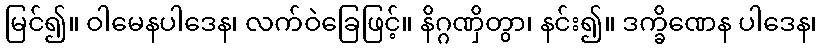
မြင်၍။ ဝါမေနပါဒေန၊ လက်ဝဲခြေဖြင့်။ နိဂ္ဂဏှိတွာ၊ နင်း၍။ ဒက္ခိဏေန ပါဒေန၊